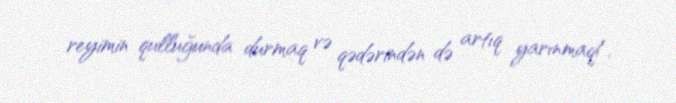
reyimin qulluğunda durmaq və qədərindən də artıq yarınmaq!.